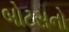
બોટસનો